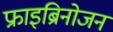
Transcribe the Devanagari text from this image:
फ्राइब्रिनोजन